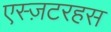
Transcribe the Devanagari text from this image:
एस्ज़टरहस